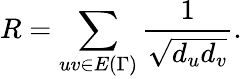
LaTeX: R=\sum_{uv\in E{(\Gamma)}}\frac{1}{\sqrt{d_{u}d_{v}}}.